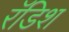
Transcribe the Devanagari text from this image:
रॅडिश